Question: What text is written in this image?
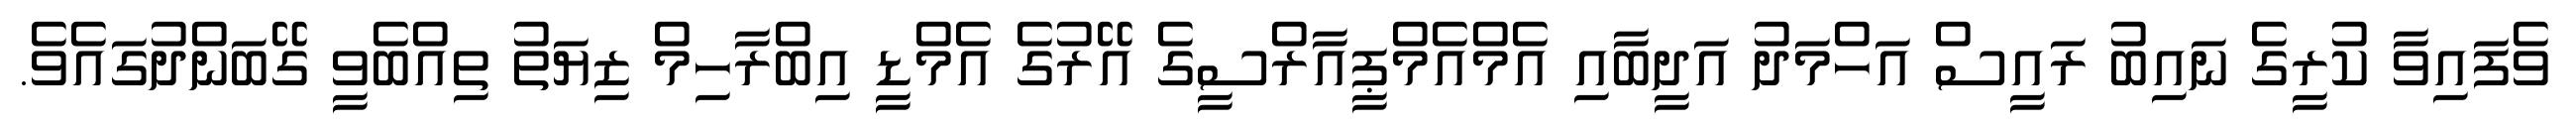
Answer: ވެފައިވާ ކުރީގެ ނައިބު ރައީސް އަހްމަދު އަދީބާއި އެމްއެމްޕީއާރްސީގެ އޭރުގެ އެމްޑީ އިބްރާހިމް ޒިޔަތު ތިއްބެވީ ގޭބަންދުގައެވެ.